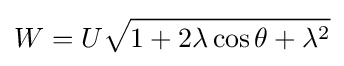
W=U{\sqrt {1+2\lambda \cos \theta +\lambda ^{2}}}